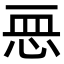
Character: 𢙂